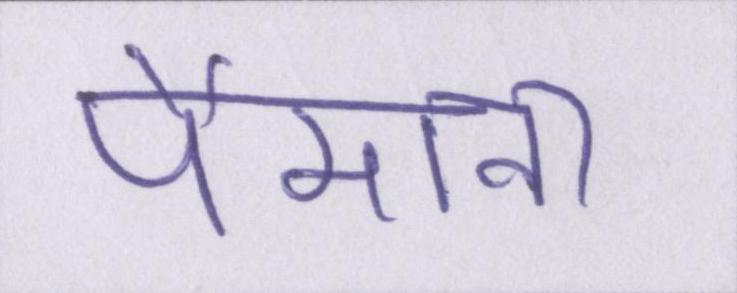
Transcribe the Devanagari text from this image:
पैमाना